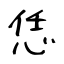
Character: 恁